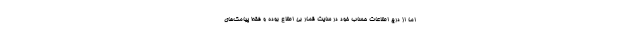
اما از درج اطلاعات حساب خود در سایت قمار بی اطلاع بوده و فقط پیامک‌های